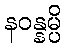
နဝန္နမ္ပိ